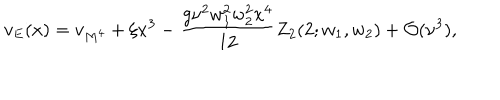
LaTeX: v _ { E } ( x ) = v _ { M ^ { 4 } } + \xi x ^ { 3 } - \frac { g \nu ^ { 2 } w _ { 1 } ^ { 2 } w _ { 2 } ^ { 2 } x ^ { 4 } } { 1 2 } Z _ { 2 } ( 2 ; w _ { 1 } , w _ { 2 } ) + { \cal O } ( \nu ^ { 3 } ) ,